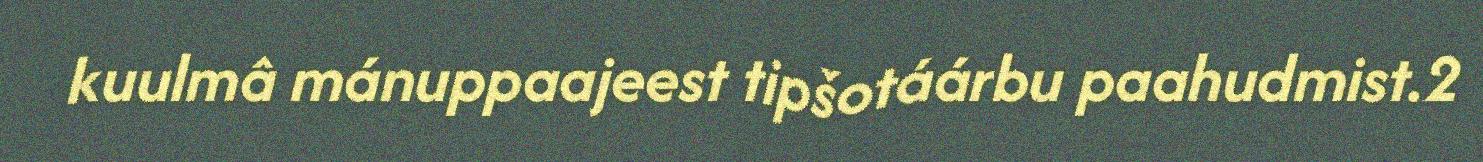
kuulmâ mánuppaajeest tipšotáárbu paahudmist.2